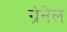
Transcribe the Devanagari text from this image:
ग्रेनेल